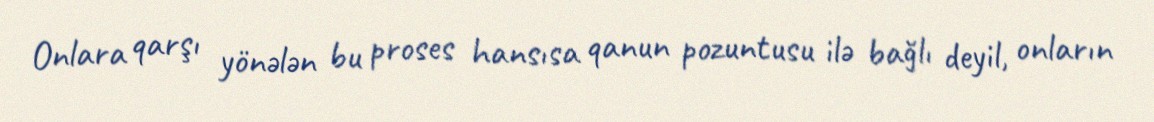
Onlara qarşı yönələn bu proses hansısa qanun pozuntusu ilə bağlı deyil, onların